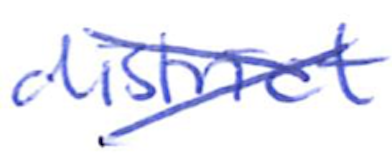
Text: district
Cross-out: cross
Writing tool: ballpoint